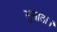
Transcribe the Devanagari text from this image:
सुनाता।